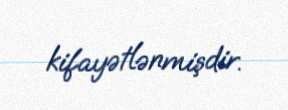
kifayətlənmişdir.